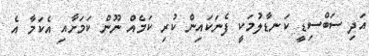
އަދި ސަބްސިޑީ ކަނޑާލުމަކީ ފެނަކައިން ކުރި ކަމެއް ނޫން ކަމަށާއި އެކަމާ އެ